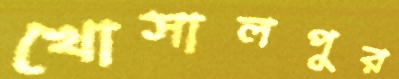
খোসালপুর